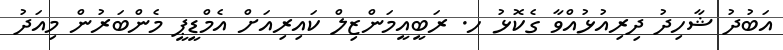
އަބުދު ޝާހިދު ދިރިއުޅުއްވާ ގެކޮޅު ހ. ރަބީއީމަންޒިލް ކައިރިއަށް އެމްޑީޕީ މެންބަރުން މިއަދު